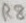
Text: R8